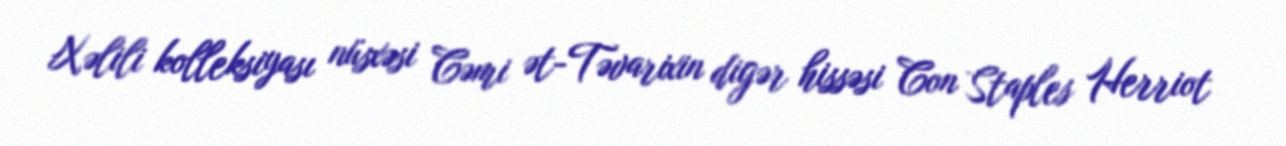
Xəlili kolleksiyası nüsxəsi Cəmi ət-Təvarixin digər hissəsi Con Staples Herriot